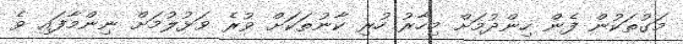
މަގުތަކުން ފެން ހިންދުމަށް މިހާރު ހުރި ކާނުތަކަށް ވުރެ ވަޅުލުމަށް ނިންމާފައި ވެ